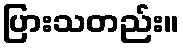
ပြားသတည်း။